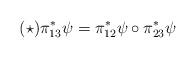
LaTeX: \begin{align*}(\star) \pi_{13}^*\psi=\pi_{12}^*\psi\circ\pi_{23}^*\psi\end{align*}